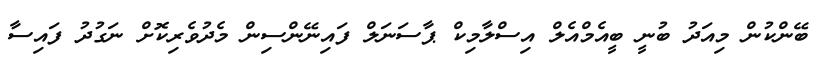
ބޭންކުން މިއަދު ބުނީ ބީއެމްއެލް އިސްލާމިކް ޕާސަނަލް ފައިނޭންސިން މެދުވެރިކޮށް ނަގުދު ފައިސާ